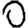
Digit: 0